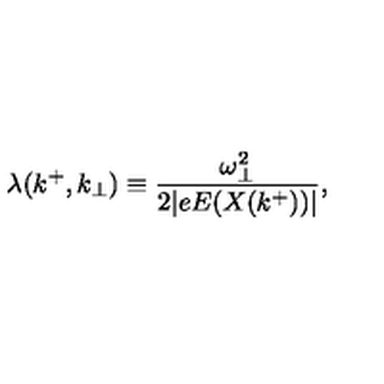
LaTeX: \lambda ( k ^ { + } , k _ { \bot } ) \equiv { \frac { \omega _ { \bot } ^ { 2 } } { 2 \vert e E ( X ( k ^ { + } ) ) \vert } } ,